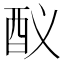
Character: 𨟳